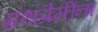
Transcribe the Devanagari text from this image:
ग्रंथप्रेमींना